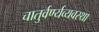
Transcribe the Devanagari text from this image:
चातुर्वर्ण्यव्यवस्था